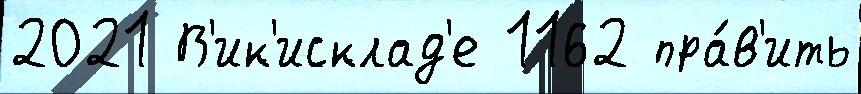
2021 В'ик'исклад'е 1162 пра́в'ить